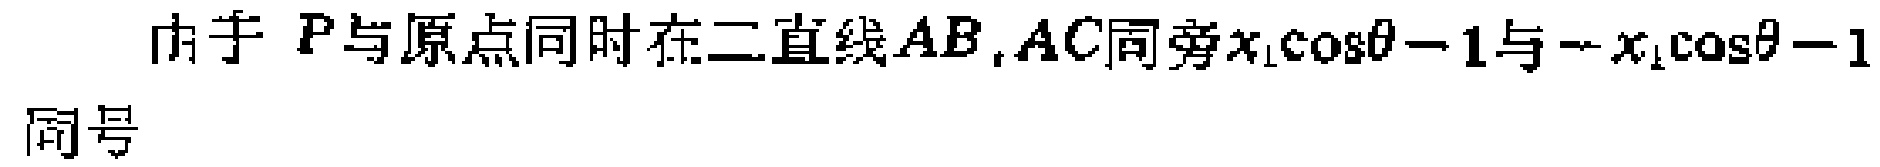
由于 \(P\) 与原点同时在二直线 \(AB,AC\) 同旁\(x_{1}\cos\theta - 1\) 与 \(-x_{1}\cos\theta - 1\) 同号